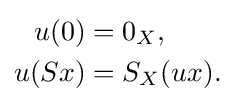
{\begin{aligned}u(0)&=0_{X},\\u(Sx)&=S_{X}(ux).\end{aligned}}